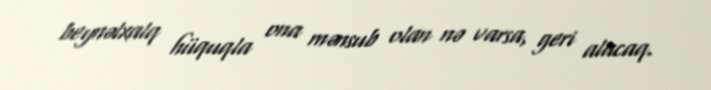
beynəlxalq hüquqla ona mənsub olan nə varsa, geri alacaq.